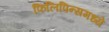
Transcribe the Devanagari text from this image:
फिलिपिन्समध्ये